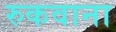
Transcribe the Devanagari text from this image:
रुकवाना